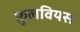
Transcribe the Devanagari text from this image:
फ़ुलवियस